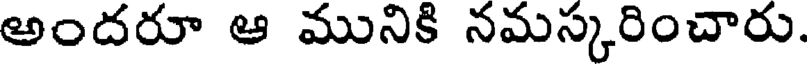
అందరూ ఆ మునికి నమస్కరించారు.